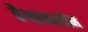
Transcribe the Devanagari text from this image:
वैश्वानरहोम